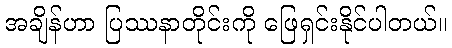
အချိန်ဟာ ပြဿနာတိုင်းကို ဖြေရှင်းနိုင်ပါတယ်။